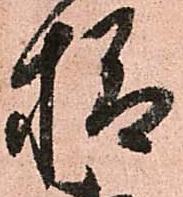
様